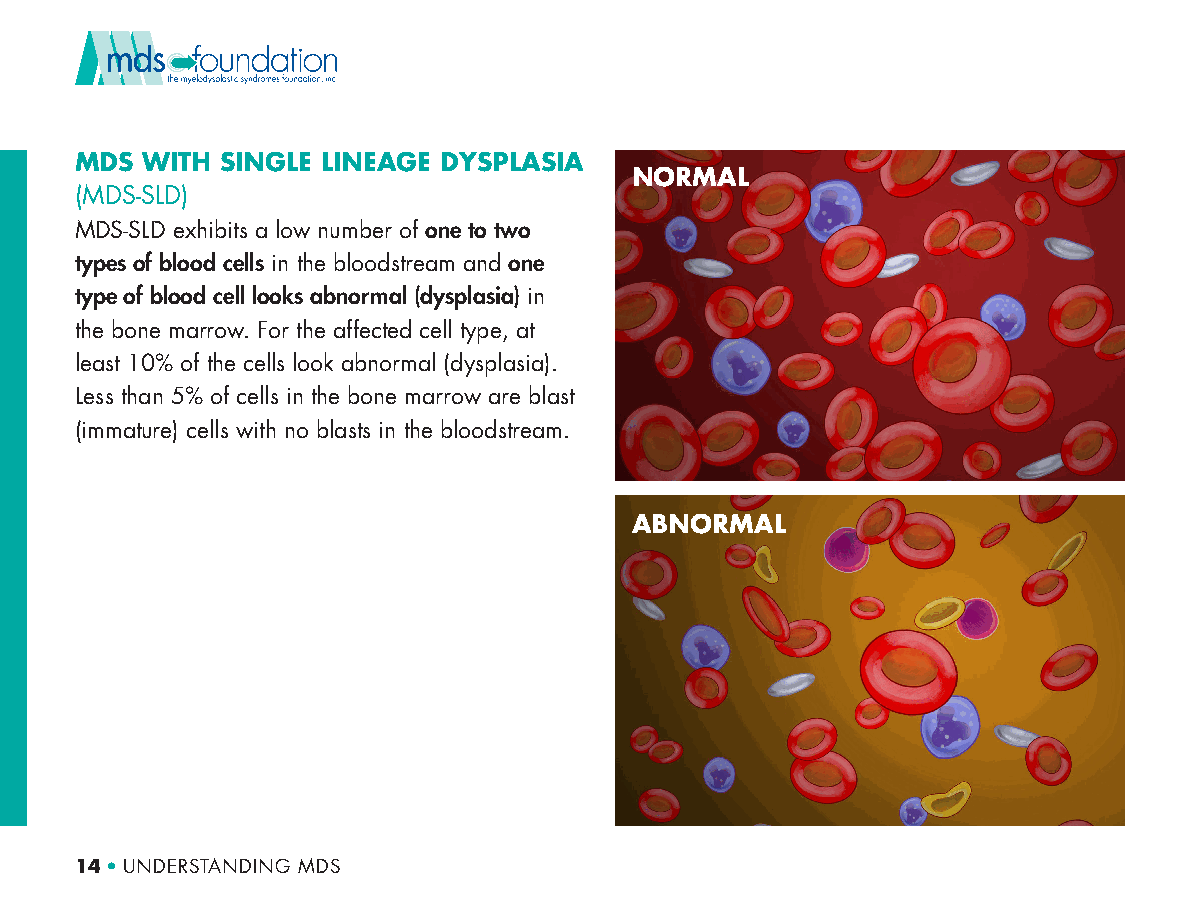
MDS WITH  SINGLE LINEAGE DYSPLASIA
 NORMAL
 (MDS-SLD)
 MDS-SLD exhibits a low number of one to two
 types of blood cells in the bloodstream and one
 type of blood cell looks abnormal (dysplasia) in
 the bone marrow. For the affected cell type, at
 least 10% of the cells look abnormal (dysplasia).
 Less than 5% of cells in the bone marrow are blast
 (immature) cells with no blasts in the bloodstream.
 ABNORMAL
 14 • UNDERSTANDING MDS